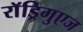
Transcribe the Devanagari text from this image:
राॅड्रिगुएज